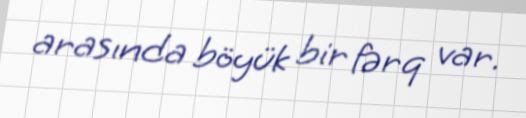
arasında böyük bir fərq var.